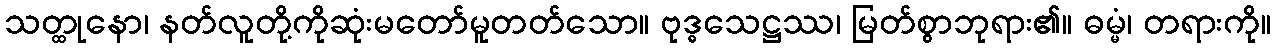
သတ္ထုနော၊ နတ်လူတို့ကိုဆုံးမတော်မူတတ်သော။ ဗုဒ္ဓသေဋ္ဌဿ၊ မြတ်စွာဘုရား၏။ ဓမ္မံ၊ တရားကို။